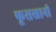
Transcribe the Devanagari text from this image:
फूसखानी